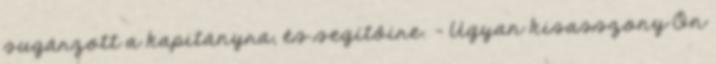
sugárzott a kapitányra, és segítőire. - Ugyan kisasszony Ön